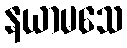
နယာမသေ